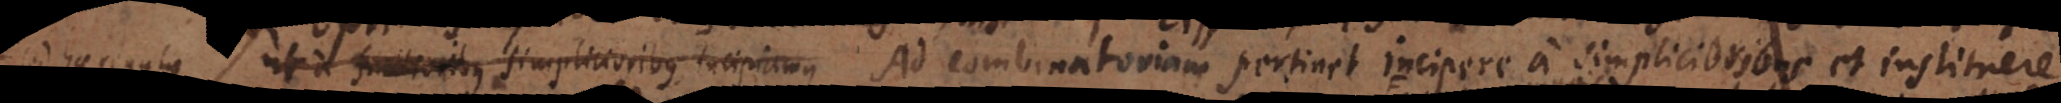
a ut a facilioribus simplicioribus incipiamus Ad combinatoriam pertinet incipere a simplicioribus et instituere